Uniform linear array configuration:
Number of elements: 32
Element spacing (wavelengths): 0.75
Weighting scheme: blackman
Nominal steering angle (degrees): -15
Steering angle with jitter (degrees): -16.84
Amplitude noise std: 0.05
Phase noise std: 0.05

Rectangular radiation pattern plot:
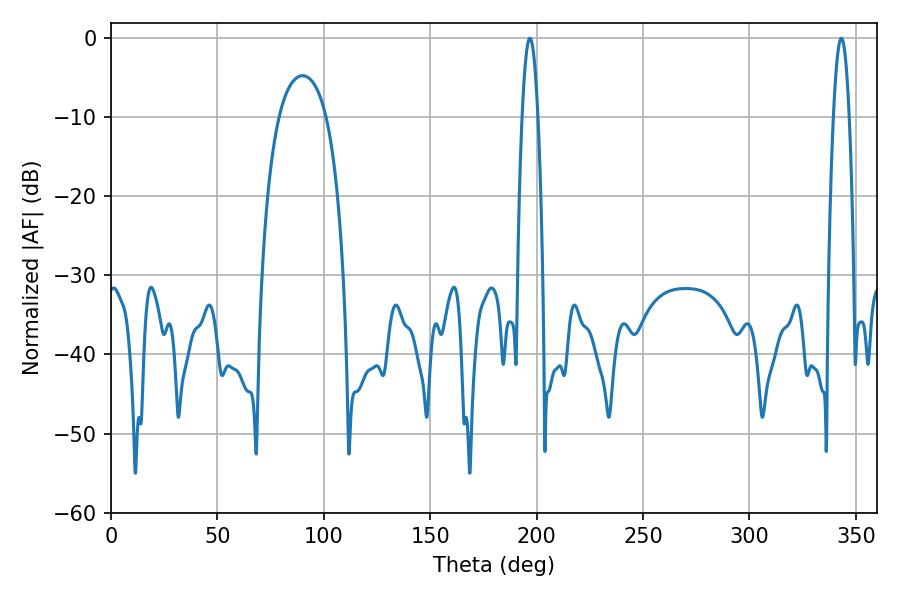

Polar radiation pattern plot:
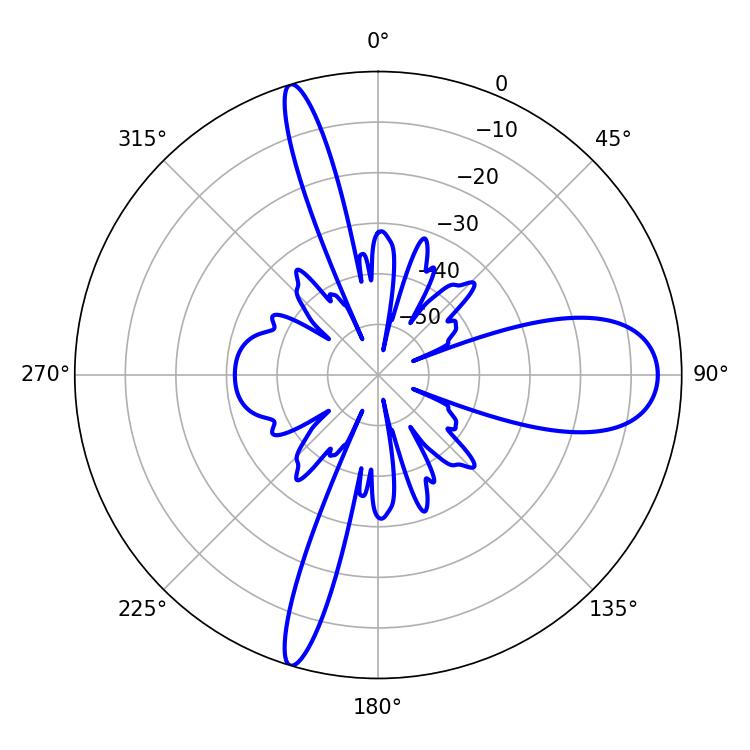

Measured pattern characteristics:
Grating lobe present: TRUE
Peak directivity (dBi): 15.379
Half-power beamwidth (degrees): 4.14
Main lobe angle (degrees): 343.08